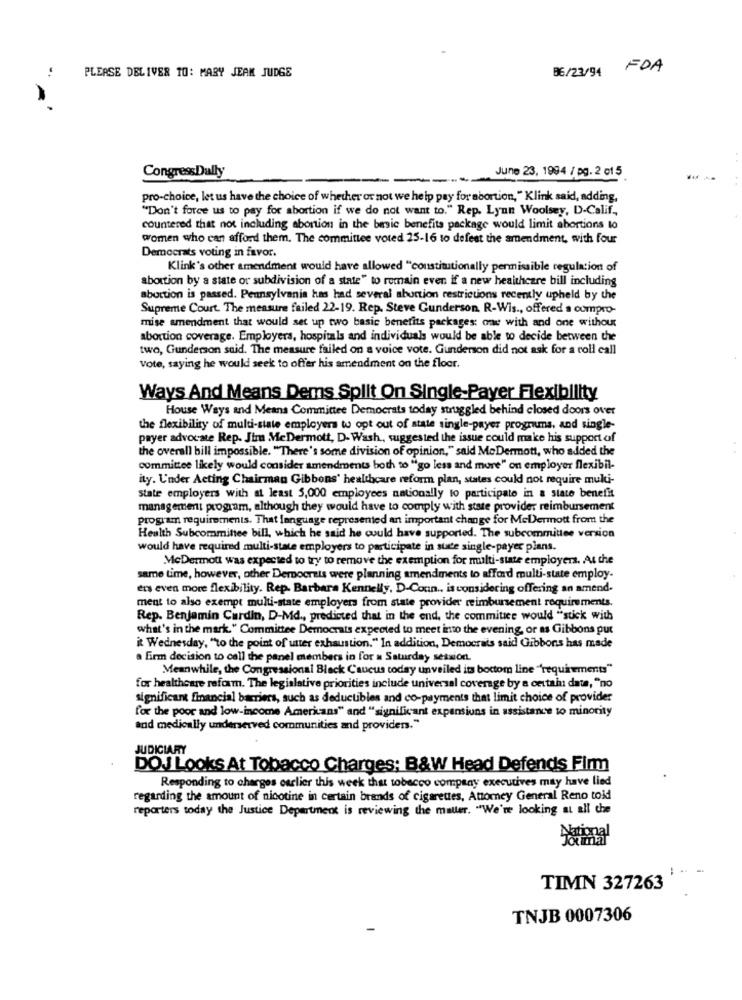
PLEASE DELIVER TO: MARY JEAM JUDGE
BE/23/94
FOA
CongressDally
June 23, 1994 / pg. 2 01 5
pro-choice, let us have the choice of whether or not we help pay for abortion, " Klink said, adding,
"Don't force us to pay for abortion if we do not want to." Rep. Lynn Woolsey, D-Calif .,
countered that not including abortion in the basic benefits package would limit abortions to
women who can afford them. The committee voted 25-16 to defeat the amendment, with four
Democrats voting in favor.
Klink's other amendment would have allowed "constitutionally permissible regulation of
abortion by a state or subdivision of a state" to remain even if a new healthcare bill including
abortion is passed. Pennsylvania has had several abortion restrictions recently upheld by the
Supreme Court. The measure failed 22-19. Rep. Steve Gunderson R-Wis ., offered a compro-
mise amendment that would set up two basic benefits packages: one with and one without
abortion coverage. Employers, hospitals and individuals would be able to decide between the
two, Gunderson said. The measure failed on a voice vote. Gunderson did not ask for a roll call
Vote, saying he would seek to offer his amendment on the floor.
Ways And Means Dems Split On Single-Payer Flexibility
House Ways and Means Committee Democrats today struggled behind closed doors over
the flexibility of multi-state employers to opt out of state single-payer programs, and single-
payer advocate Rep. Jim McDermott, D- Wash, suggested the issue could make his support of
the overall bill impossible. "There's some division of opinion," said MeDermott, who added the
committee likely would consider amendments both to "go less and more" on employer flexibil-
ity. Under Acting Chairman Gibbons' healthcare reform plan, states could not require multi-
state employers with at least 5,000 employees nationally to participate in a state benefit
management program, although they would have to comply with state provider reimbursement
program requirements. That language represented an important change for McDermott from the
Health Subcommittee bill, which he said he could have supported. The subcommittee version
would have required multi-state employers to participate in sure single-payer plans.
McDermott was expected to try to remove the exemption for multi-state employers. At the
same time, however, other Democrats were planning amendments to afford multi-state employ-
ers even more flexibility. Rep. Barbara Kennelly. D-Coun ., is considering offering an amend-
ment to also exempt multi-state employers from state provider reimbursement requirements.
Rep. Benjamin Cardin, D-Md ., predicted that in the end, the commitice would "stick with
what's in the mark." Committee Democrats expected to meet into the evening, or as Gibbons put
it Wednesday, "to the point of unter exhaustion." In addition, Democrats said Gibbons has made
a firm decision to call the panel members in for a Saturday session.
Meanwhile, the Congressional Black Caucus today unveiled its bottom line "requirements"
for healthcare reform. The legislative priorities include universal coverage by a certain date, "no
significant financial barriers, such as deductibles and co-payments that limit choice of provider
for the poor and low-income Americans" and "significant expansions in assistance to minority
and medically underserved communities and providers."
JUDICIARY
DOJ Looks At Tobacco Charges; B&W Head Defends Firm
Responding to charges earlier this week that tobacco company executives may have lied
regarding the amount of nicotine in certain brands of cigarettes, Attorney General Reno told
reporters today the Justice Department is reviewing the maller. "We're looking at all the
TIMN 327263
TNJB 0007306